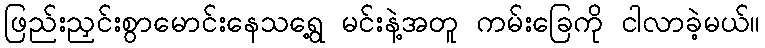
ဖြည်းညှင်းစွာမောင်းနေသရွေ့ မင်းနဲ့အတူ ကမ်းခြေကို ငါလာခဲ့မယ်။